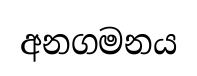
අනගමනය